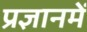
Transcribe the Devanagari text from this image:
प्रज्ञानमें